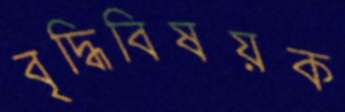
বৃদ্ধিবিষয়ক